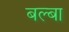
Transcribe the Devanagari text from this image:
बल्बा